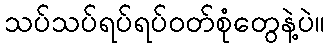
သပ်သပ်ရပ်ရပ်ဝတ်စုံတွေနဲ့ပဲ။